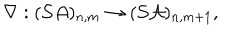
\nabla : ( { \cal S A } ) _ { n , m } \rightarrow ( { \cal S A } ) _ { n , m + 1 } ,